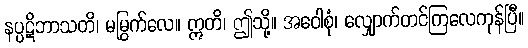
နပ္ပဋိဘာသတိ၊ မမြွက်လေ။ ဣတိ၊ ဤသို့။ အဝေါစုံ၊ လျှောက်တင်ကြလေကုန်ပြီ။